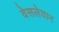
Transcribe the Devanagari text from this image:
वेसलेयान